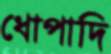
ধোপাদি